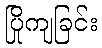
ပြိုကျခြင်း